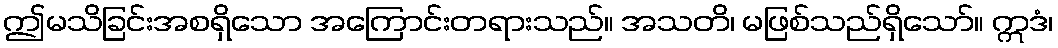
ဤမသိခြင်းအစရှိသော အကြောင်းတရားသည်။ အသတိ၊ မဖြစ်သည်ရှိသော်။ ဣဒံ၊